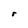
Character: r